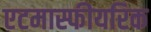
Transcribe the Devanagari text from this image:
एटमास्फीयरिक